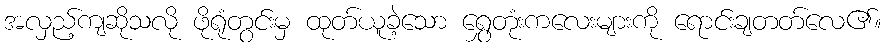
အလှည့်ကျဆိုသလို ဖိုရုံတွင်းမှ ထုတ်ယူခဲ့သော ရွှေတုံးကလေးများကို ရောင်းချတတ်လေ၏။